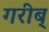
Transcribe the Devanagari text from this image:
गरीब्